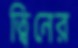
ত্বিনের